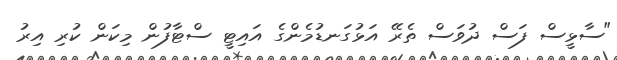
"ސާޅީސް ފަސް ދުވަސް ތެރޭ އަޅުގަނޑުމެންގެ އައިޓީ ސްޓާފުން މިކަން ކުރި އިރު